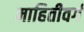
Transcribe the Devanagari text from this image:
माहितीवर्ग